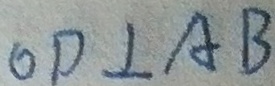
O D \bot A B